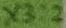
Text: X3:2